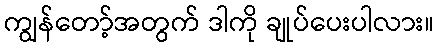
ကျွန်တော့်အတွက် ဒါကို ချုပ်ပေးပါလား။